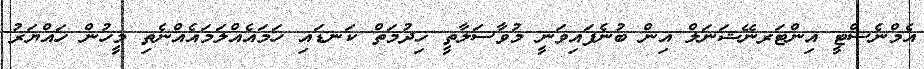
އެމްނެސްޓީ އިންޓަރނޭޝަނަލް އިން ބުނެފައިވަނީ މުވާސަލާތީ ޚިދުމަތް ކަނޑައި ހަމައެއްލަމައެއްނެތި މީހުން ހައްޔަރު